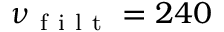
\nu _ { \mathrm { ~ f ~ i ~ l ~ t ~ } } = 2 4 0